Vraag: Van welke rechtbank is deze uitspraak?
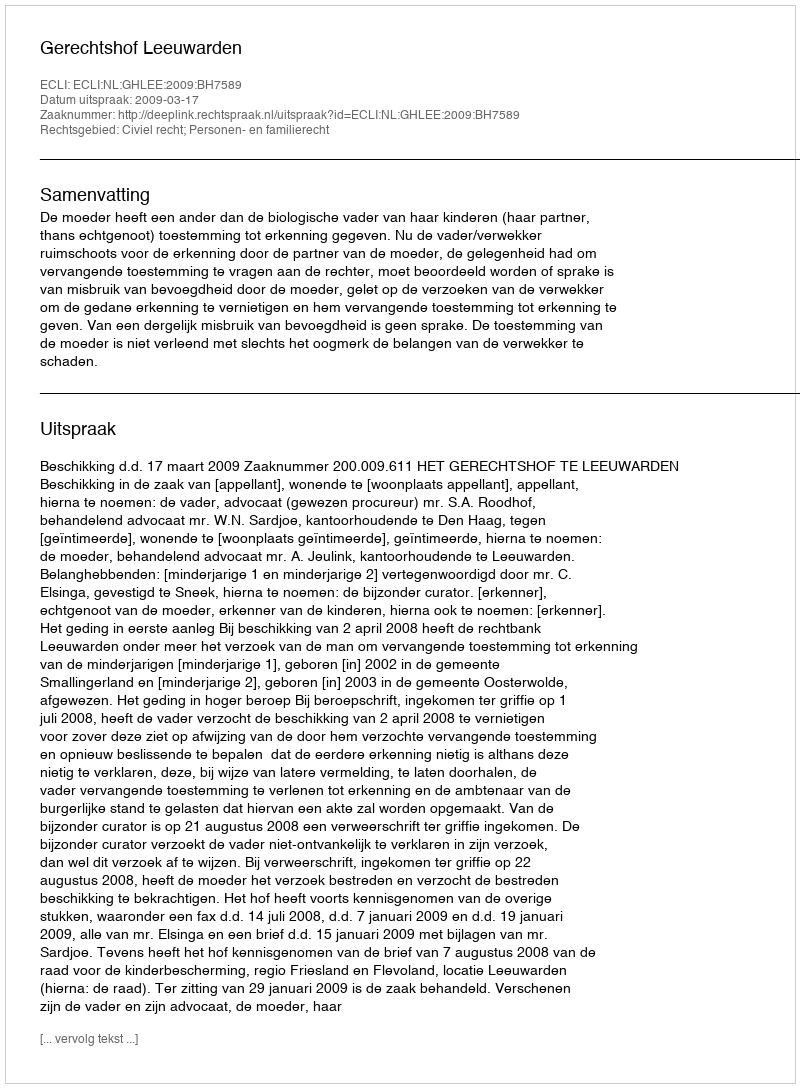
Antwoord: Gerechtshof Leeuwarden